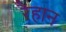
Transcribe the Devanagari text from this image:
रैहान